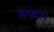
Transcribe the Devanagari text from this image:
सफ़र।